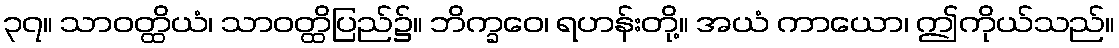
၃၇။ သာဝတ္ထိယံ၊ သာဝတ္ထိပြည်၌။ ဘိက္ခဝေ၊ ရဟန်းတို့။ အယံ ကာယော၊ ဤကိုယ်သည်။